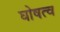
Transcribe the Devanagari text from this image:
घोषत्व